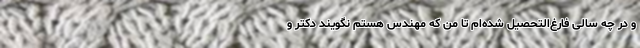
و در چه سالی فارغ‌التحصیل شده‌ام تا من که مهندس هستم نگویند دکتر و